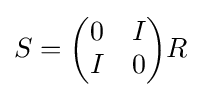
S={\begin{pmatrix}0&I\\I&0\end{pmatrix}}R